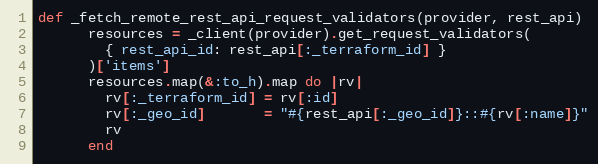
Language: Ruby
def _fetch_remote_rest_api_request_validators(provider, rest_api)
      resources = _client(provider).get_request_validators(
        { rest_api_id: rest_api[:_terraform_id] }
      )['items']
      resources.map(&:to_h).map do |rv|
        rv[:_terraform_id] = rv[:id]
        rv[:_geo_id]       = "#{rest_api[:_geo_id]}::#{rv[:name]}"
        rv
      end